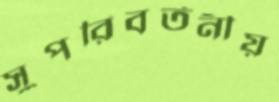
সুপরিবর্তনীয়